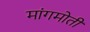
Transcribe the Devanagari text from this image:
मांगमोती